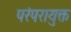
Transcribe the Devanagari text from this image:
परंपरायुक्त